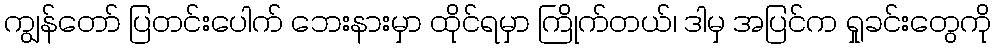
ကျွန်တော် ပြတင်းပေါက် ဘေးနားမှာ ထိုင်ရမှာ ကြိုက်တယ်၊ ဒါမှ အပြင်က ရှုခင်းတွေကို